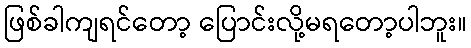
ဖြစ်ခါကျရင်တော့ ပြောင်းလို့မရတော့ပါဘူး။